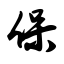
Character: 保